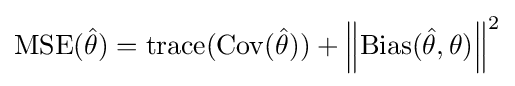
\operatorname {MSE} ({\hat {\theta }})=\operatorname {trace} (\operatorname {Cov} ({\hat {\theta }}))+\left\Vert \operatorname {Bias} ({\hat {\theta }},\theta )\right\Vert ^{2}